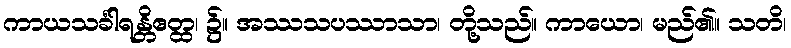
ကာယသင်္ခါရန္တိဧတ္ထ၊ ၌။ အဿသပဿာသာ၊ တို့သည်။ ကာယော၊ မည်၏။ သတိ၊